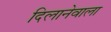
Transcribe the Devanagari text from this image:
दिलानेवाला